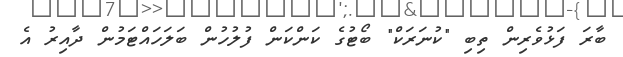
ބާރަ ފަޅުވެރިން ތިބި "ކުނަރަކް" ބޯޓުގެ ކަންކަން ފުލުހުން ބަލަހައްޓަމުން ދާއިރު އެ